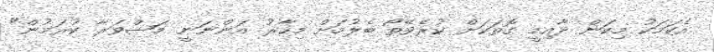
އެކަމަކު މިކަން ދާއިމީ ގޮތަކަށް ކުރެވޭތޯ ބެލުމަށް މިހާރު އަންނަނީ މަޝްވަރާ ކުރަމުން"